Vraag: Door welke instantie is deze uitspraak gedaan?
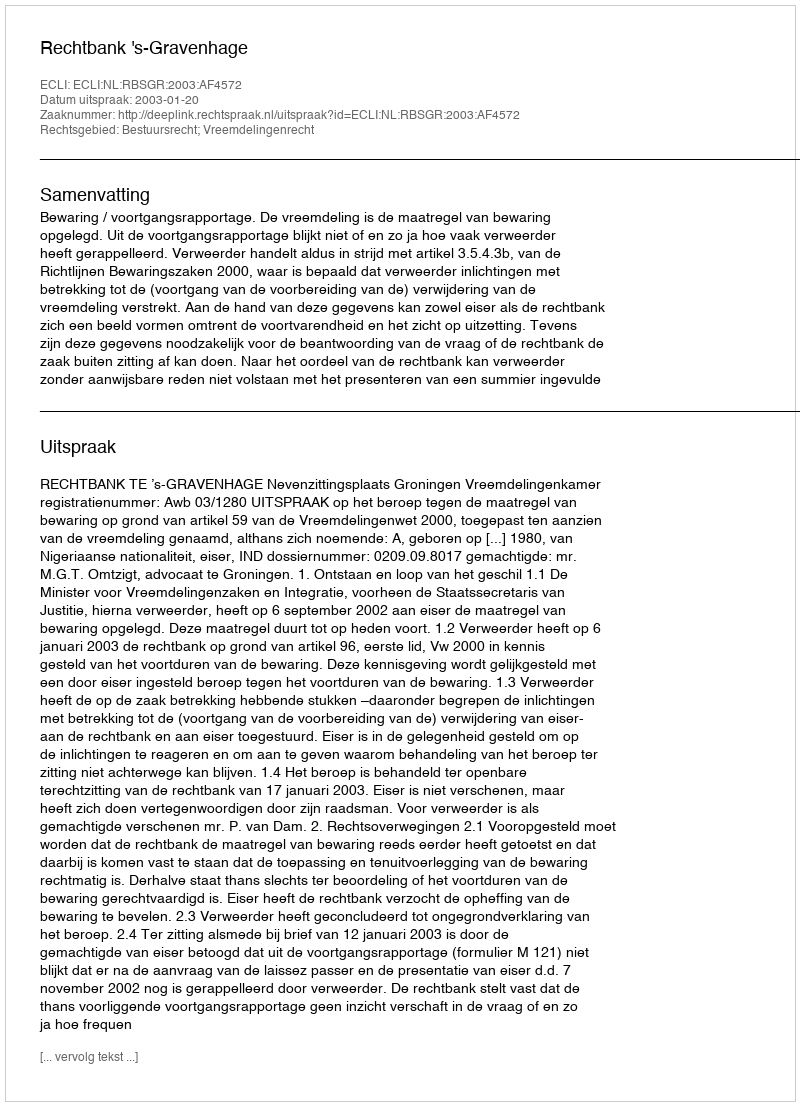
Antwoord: Rechtbank 's-Gravenhage